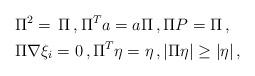
LaTeX: \begin{align*} &\Pi^2 =\,\Pi\,, \Pi^T a = a\Pi\,,\Pi P=\Pi\,,\\ & \Pi\nabla\xi_i= 0\,, \Pi^T \eta =\eta \,,|\Pi\eta| \ge |\eta|\,, \end{align*}